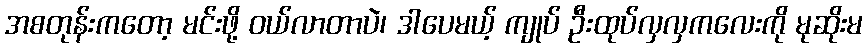
အစတုန်းကတော့ မင်းဖို့ ဝယ်လာတာပဲ၊ ဒါပေမယ့် ကျုပ် ဦးထုပ်လှလှကလေးကို မုဆိုးမ